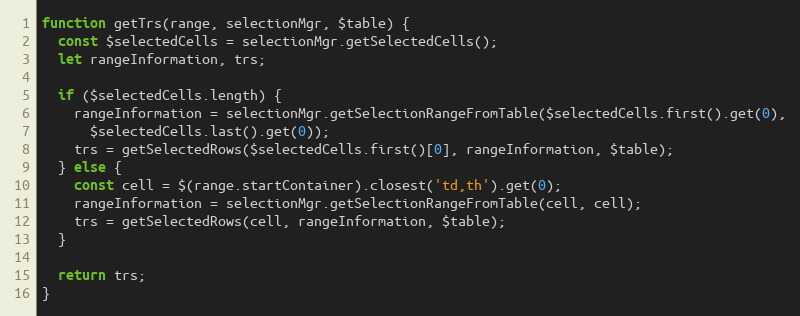
Language: JavaScript
function getTrs(range, selectionMgr, $table) {
  const $selectedCells = selectionMgr.getSelectedCells();
  let rangeInformation, trs;

  if ($selectedCells.length) {
    rangeInformation = selectionMgr.getSelectionRangeFromTable($selectedCells.first().get(0),
      $selectedCells.last().get(0));
    trs = getSelectedRows($selectedCells.first()[0], rangeInformation, $table);
  } else {
    const cell = $(range.startContainer).closest('td,th').get(0);
    rangeInformation = selectionMgr.getSelectionRangeFromTable(cell, cell);
    trs = getSelectedRows(cell, rangeInformation, $table);
  }

  return trs;
}